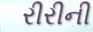
રીરીની